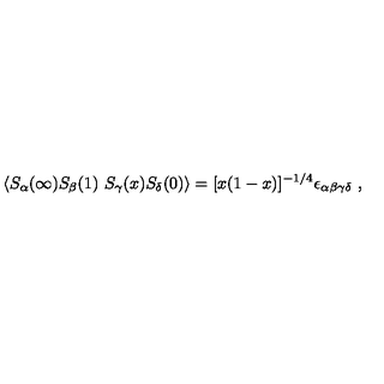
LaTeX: \langle S _ { \alpha } ( \infty ) S _ { \beta } ( 1 ) \ S _ { \gamma } ( x ) S _ { \delta } ( 0 ) \rangle = [ x ( 1 - x ) ] ^ { - 1 / 4 } \epsilon _ { \alpha \beta \gamma \delta } \ ,